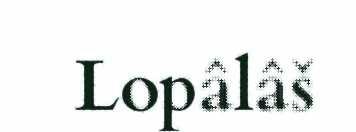
Lopâlâš